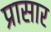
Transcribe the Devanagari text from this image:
प्रासार